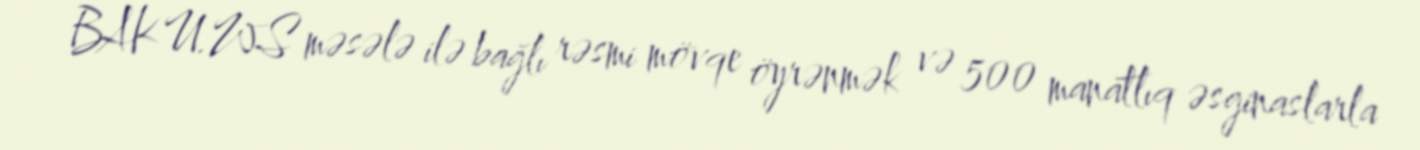
BAKU.WS məsələ ilə bağlı rəsmi mövqe öyrənmək və 500 manatlıq əsginaslarla